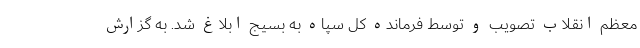
معظم انقلاب تصویب و توسط فرمانده کل سپاه به بسیج ابلاغ شد. به گزارش